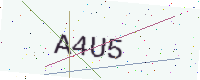
Text: A4U5